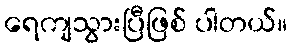
ရေကျသွားပြီဖြစ် ပါတယ်။